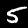
Label: 5